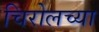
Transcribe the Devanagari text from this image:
चिरोलच्या